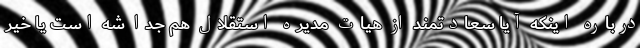
درباره اینکه آیا سعادتمند از هیات مدیره استقلال هم جدا شه است یا خیر